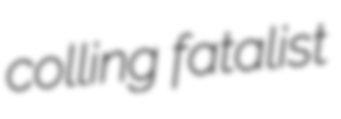
colling fatalist